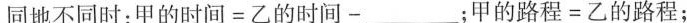
同地不同时：$$甲 的 时 间 = 乙 的 时 间 - ___$$；$$甲 的 路 程 = 乙 的 路 程$$；